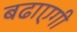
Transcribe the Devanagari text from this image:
बढाएगी